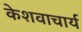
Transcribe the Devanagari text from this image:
केशवाचार्य